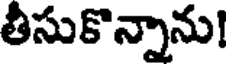
తీసుకొన్నాను!